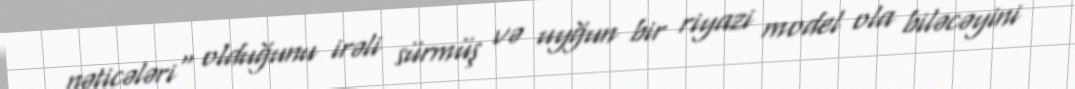
nəticələri" olduğunu irəli sürmüş və uyğun bir riyazi model ola biləcəyini